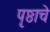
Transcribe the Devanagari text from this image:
पृष्ठाचे